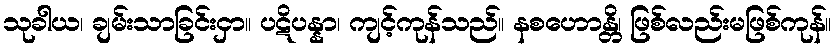
သုခါယ၊ ချမ်းသာခြင်းငှာ။ ပဋိပန္နာ၊ ကျင့်ကုန်သည်။ နစဟောန္တိ၊ ဖြစ်လည်းမဖြစ်ကုန်။